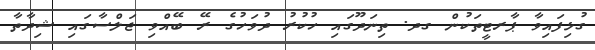
ގުޅިފައިވާ ޕާރޓީތަކުން ގދ. ތިނަދޫގައި ހުކުރު ދުވަހުގެ ރޭ ބޭއްވި ޖަލްސާގައި ޝިދާތާ